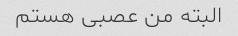
البته من عصبی هستم